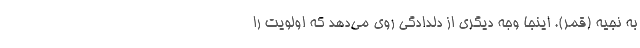
به نجيه (قمر). اينجا وجه ديگري از دلدادگي روي مي‌دهد كه اولويت را